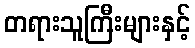
တရားသူကြီးများနှင့်